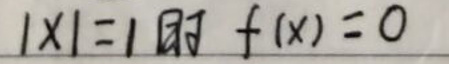
$|x| = 1$时$\ f(x)=0$